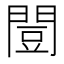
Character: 𫔡